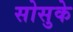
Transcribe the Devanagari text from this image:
सोसुके